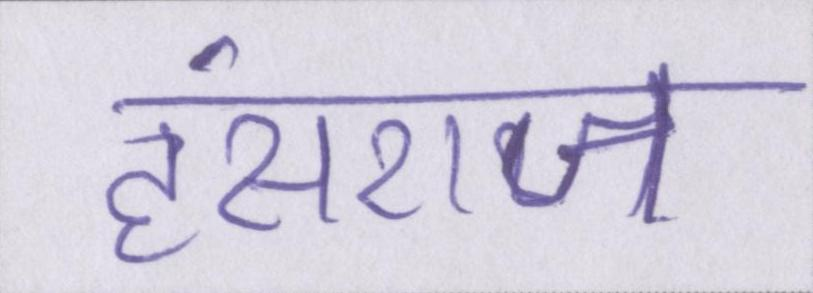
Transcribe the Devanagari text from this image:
हंसराज